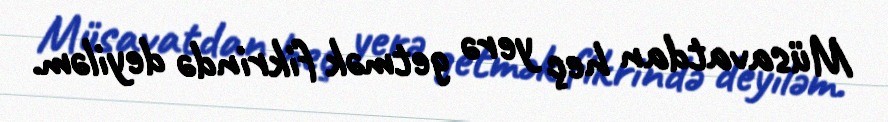
Müsavatdan heç yerə getmək fikrində deyiləm.